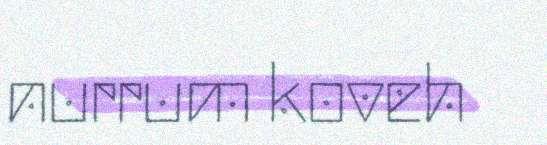
nurrum koveh